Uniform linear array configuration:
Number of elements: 64
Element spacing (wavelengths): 0.5
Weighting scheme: blackman
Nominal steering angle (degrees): -45
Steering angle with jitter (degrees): -45.785
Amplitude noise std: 0.05
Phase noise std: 0.05

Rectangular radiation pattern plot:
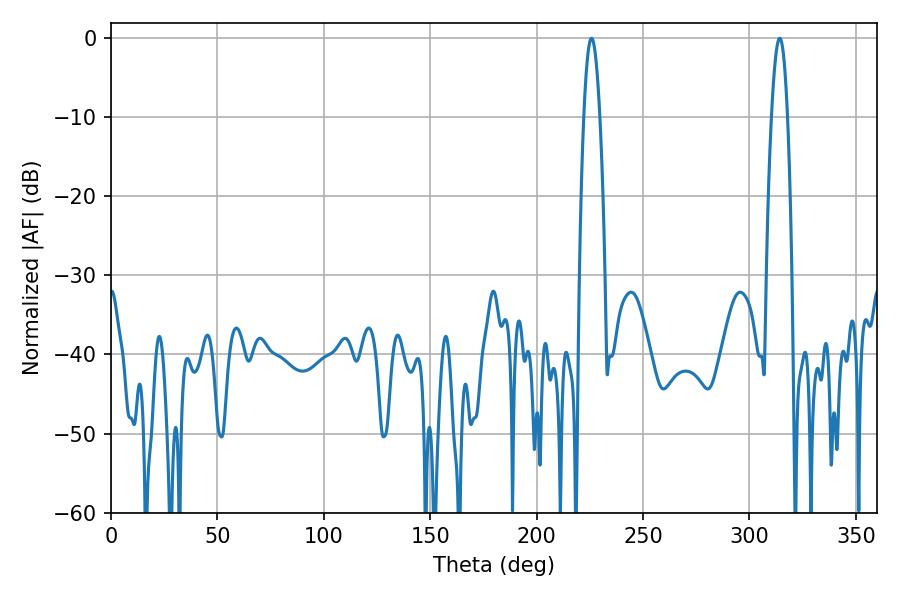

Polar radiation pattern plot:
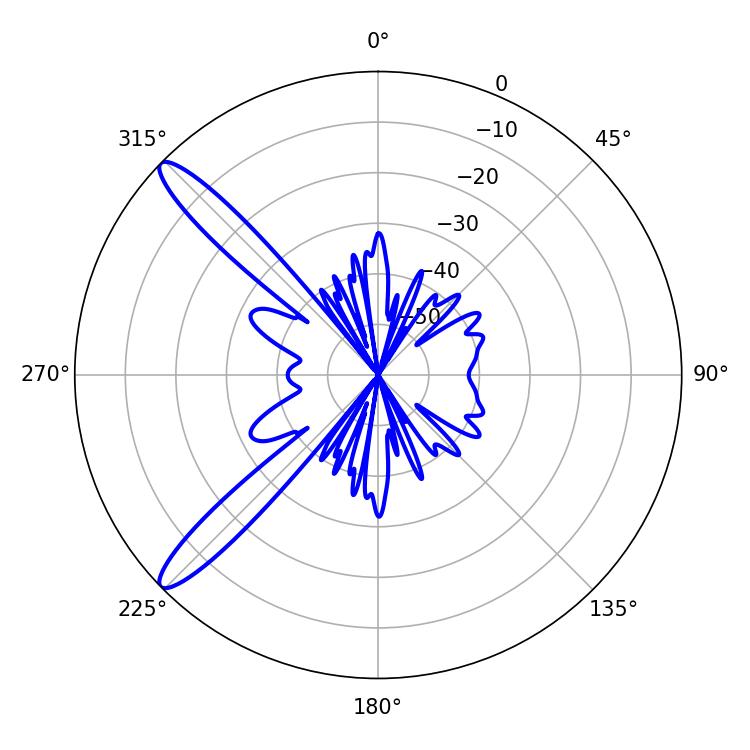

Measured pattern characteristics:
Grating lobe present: FALSE
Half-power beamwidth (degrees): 4.14
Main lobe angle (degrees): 314.28